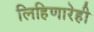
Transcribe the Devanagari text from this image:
लिहिणारेही